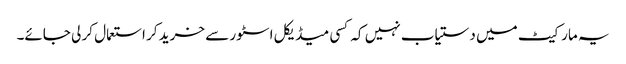
یہ مارکیٹ میں دستیاب نہیں کہ کسی میڈیکل اسٹور سے خرید کر استعمال کر لی جائے۔